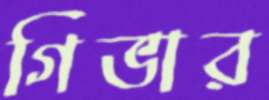
গিভার